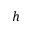
h